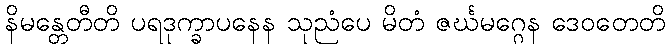
နိမန္တေတီတိ ပရဒုက္ခာပနေန သုညံပေ မိတံ ဇင်္ဃမဂ္ဂေန ဒေဝတေတိ